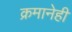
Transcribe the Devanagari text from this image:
क्रमानेही